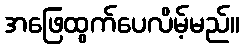
အဖြေထွက်ပေလိမ့်မည်။